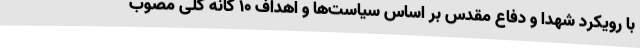
با رویکرد شهدا و دفاع مقدس بر اساس سیاست‌ها و اهداف 10 گانه کلی مصوب